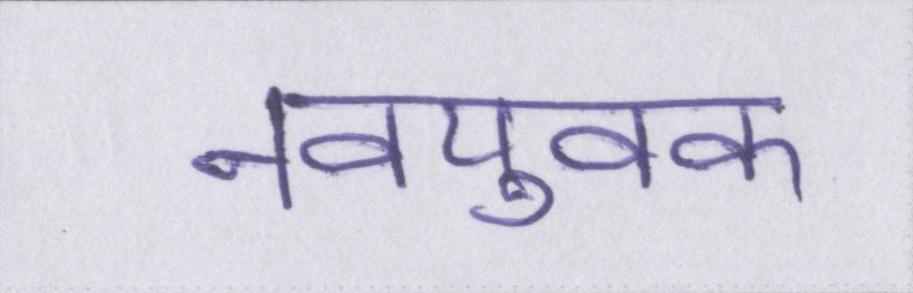
नवयुवक